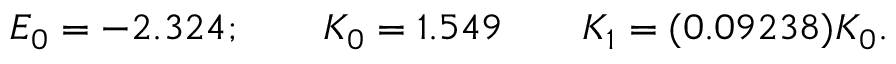
E _ { 0 } = - 2 . 3 2 4 ; \qquad K _ { 0 } = 1 . 5 4 9 \qquad K _ { 1 } = ( 0 . 0 9 2 3 8 ) K _ { 0 } .